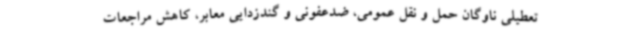
تعطیلی ناوگان حمل و نقل عمومی، ضدعفونی و گندزدایی معابر، کاهش مراجعات